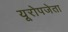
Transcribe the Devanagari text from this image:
यूरोपजेता